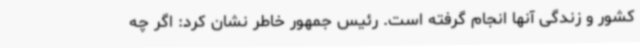
کشور و زندگی آنها انجام گرفته است. رئیس جمهور خاطر نشان کرد: اگر چه